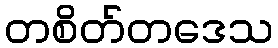
တစိတ်တဒေသ